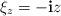
LaTeX: \begin{align*}\xi_{z}=-\mathbf{i}z\end{align*}